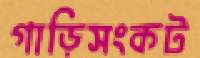
গাড়িসংকট